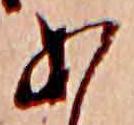
あ